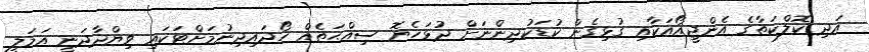
އަދި ކޮލްކަތާގެ އެންޖީއޯއަކާއި ގުޅިގެން ކުޑަކުދިންނަށް ދުޅަހެޔޮ ސިއްޙަތެއް ހޯދައިދިނުމަށްޓަކައި ވިޔްދާދަނީ އަމަލީ